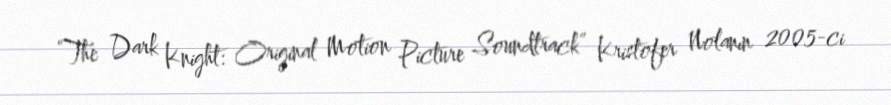
“The Dark Knight: Original Motion Picture Soundtrack” Kristofer Nolanın 2005-ci